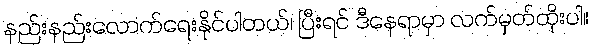
နည်းနည်းလောက်ရေးနိုင်ပါတယ်၊ ပြီးရင် ဒီနေရာမှာ လက်မှတ်ထိုးပါ။